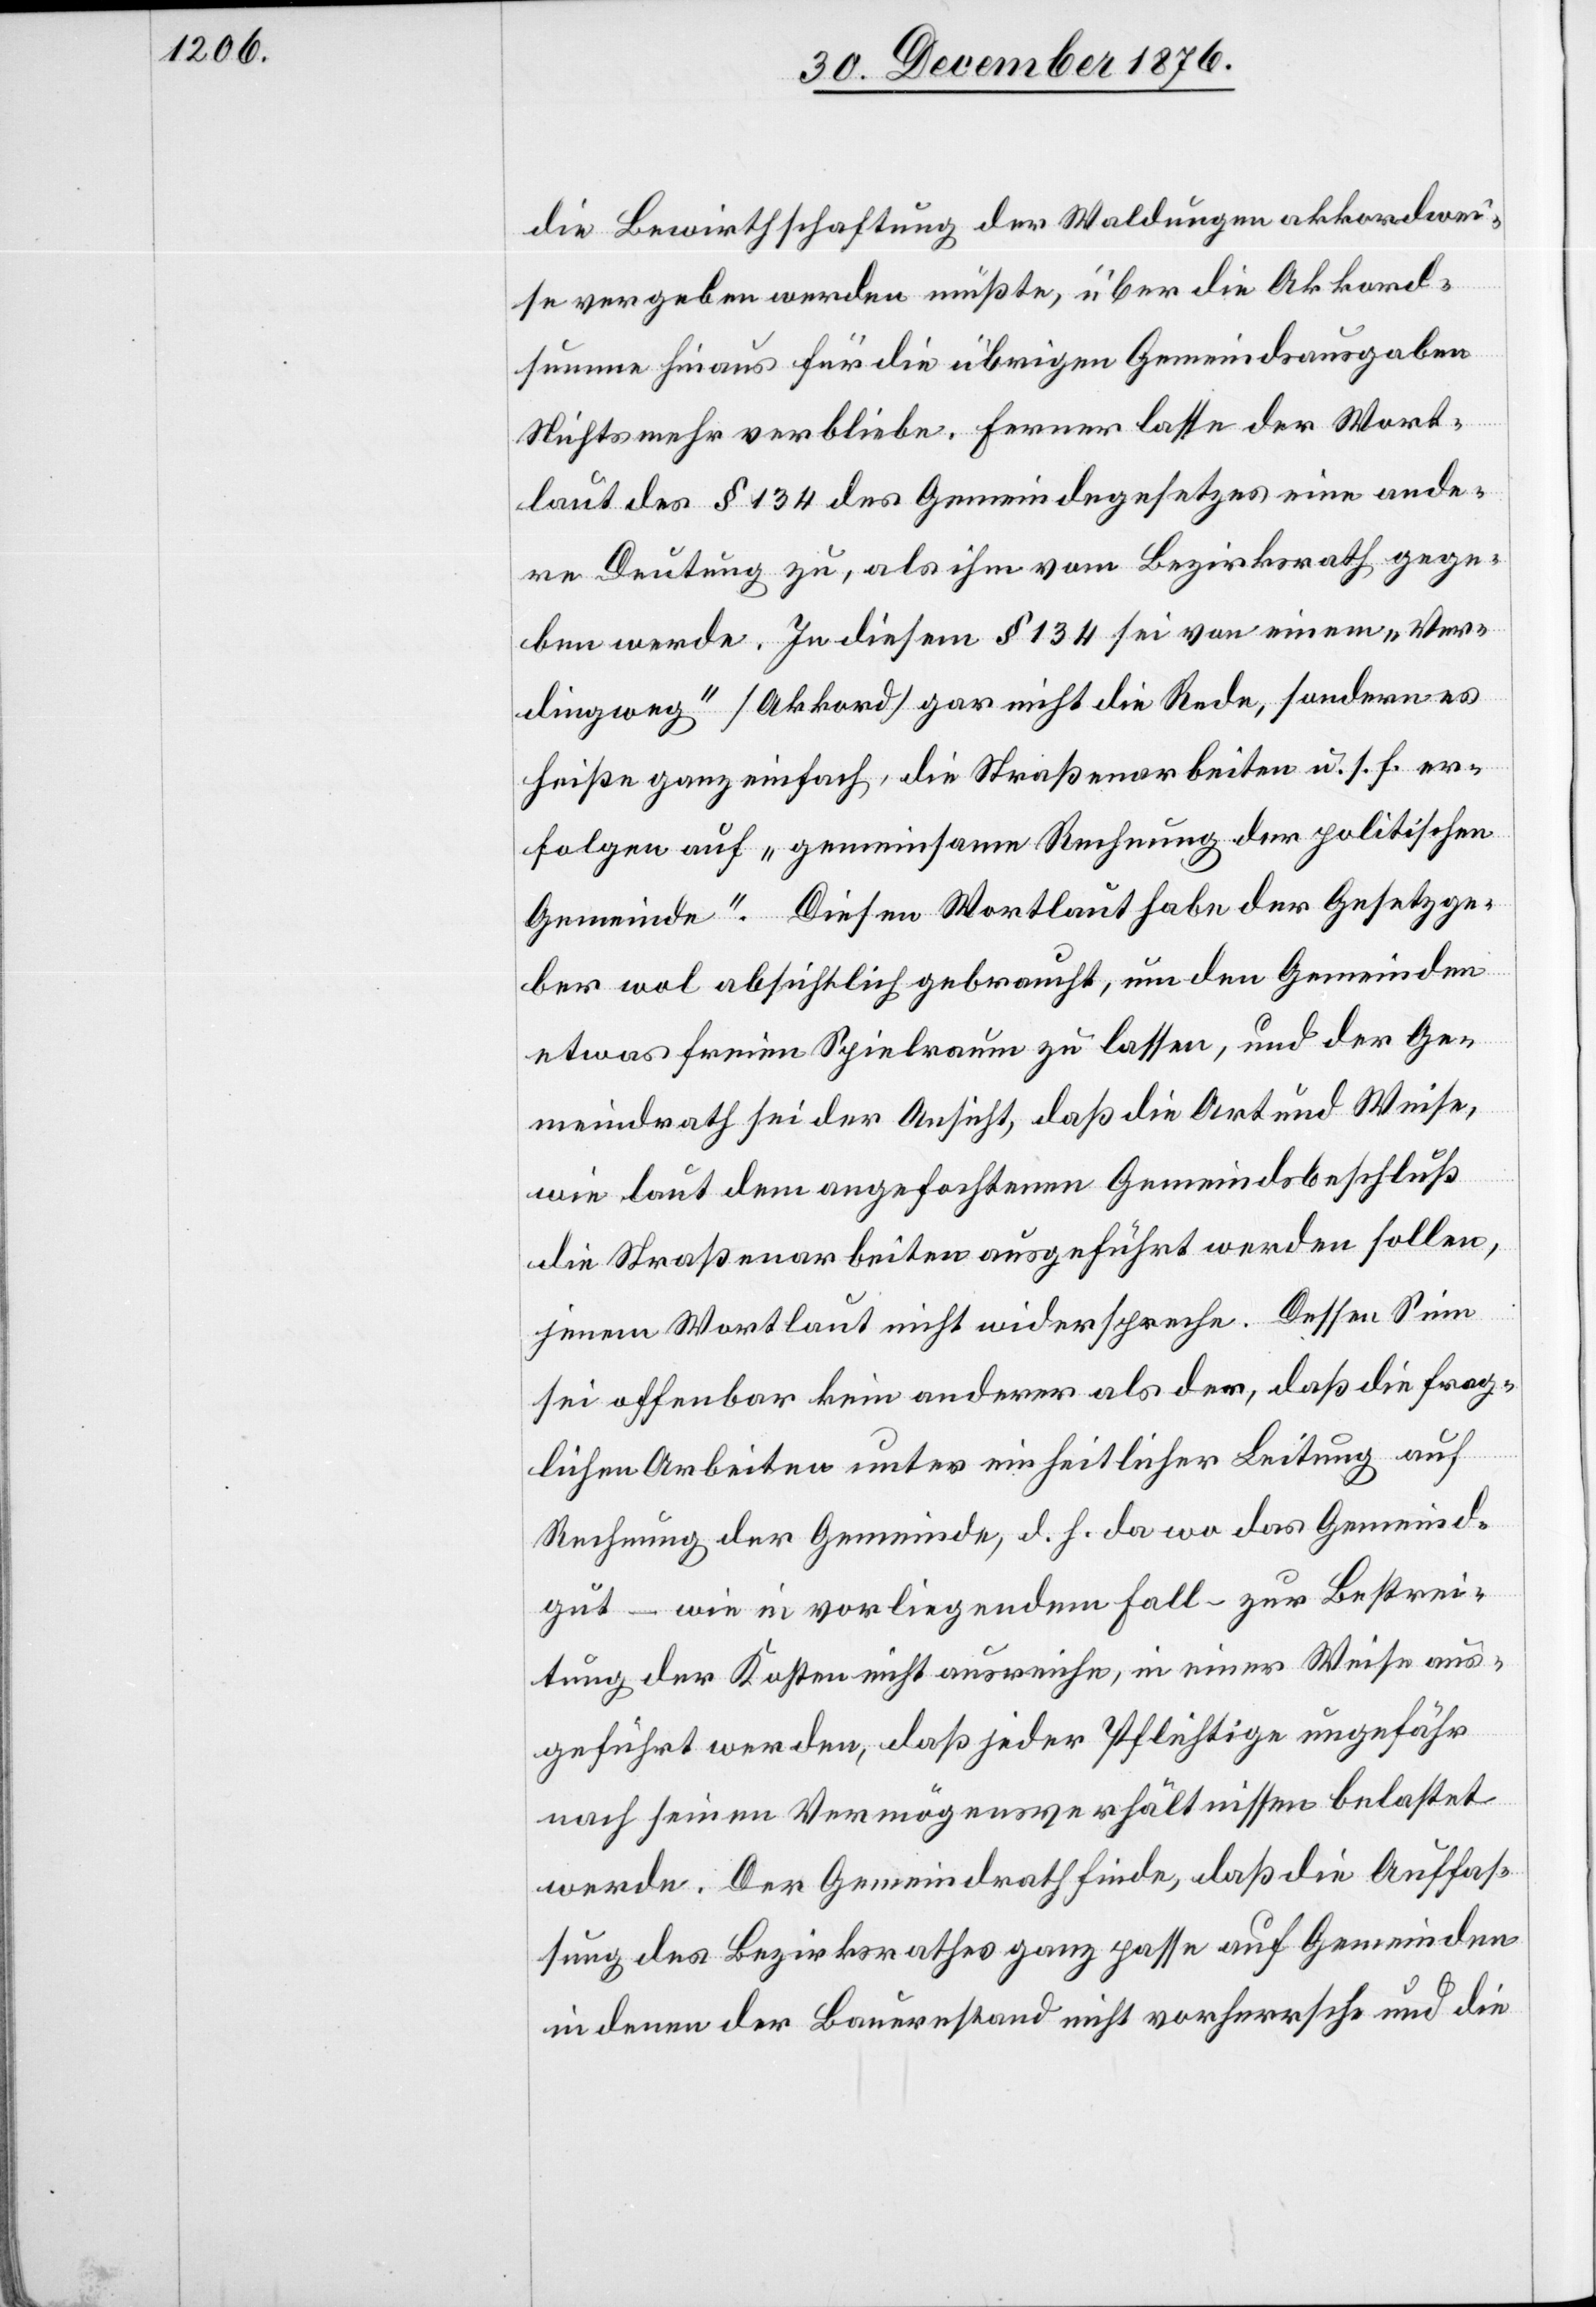
die Bewirthschaftung der Waldungen akkordwei¬
se vergeben werden müßte, über die Akkord¬
summe hinaus für die übrigen Gemeindsausgaben
Nichts mehr verbliebe. Ferner lasse der Wort¬
laut des § 134 des Gemeindegesetzes eine ande¬
re Deutung zu, als ihm vom Bezirksrath gege¬
ben werde. In diesem § 134 sei von einem „Ver¬
dingweg“ [Akkord] gar nicht die Rede, sondern es
heiße ganz einfach, die Straßenarbeiten u. s. f. er¬
folgen auf „gemeinsame Rechnung der politischen
Gemeinde“. Diesen Wortlaut habe der Gesetzge¬
ber wol absichtlich gebraucht, um den Gemeinden
etwas freien Spielraum zu lassen, und der Ge¬
meindrath sei der Ansicht, daß die Art und Weise,
wie laut dem angefochtenen Gemeindsbeschluß
die Straßenarbeiten ausgeführt werden sollen,
jenem Wortlaut nicht widerspreche. Dessen Sinn
sei offenbar kein anderer als der, daß die frag¬
lichen Arbeiten unter einheitlicher Leitung auf
Rechnung der Gemeinde, d. h. da wo das Gemeind¬
gut – wie in vorliegendem Fall – zur Bestrei¬
tung der Kosten nicht ausreiche, in einer Weise aus¬
geführt werden, daß jeder Pflichtige ungefähr
nach seinen Vermögensverhältnissen belastet
werde. Der Gemeindrath finde, daß die Auffas¬
sung des Bezirksrathes ganz passe auf Gemeinden
in denen der Bauernstand nicht vorherrsche und die